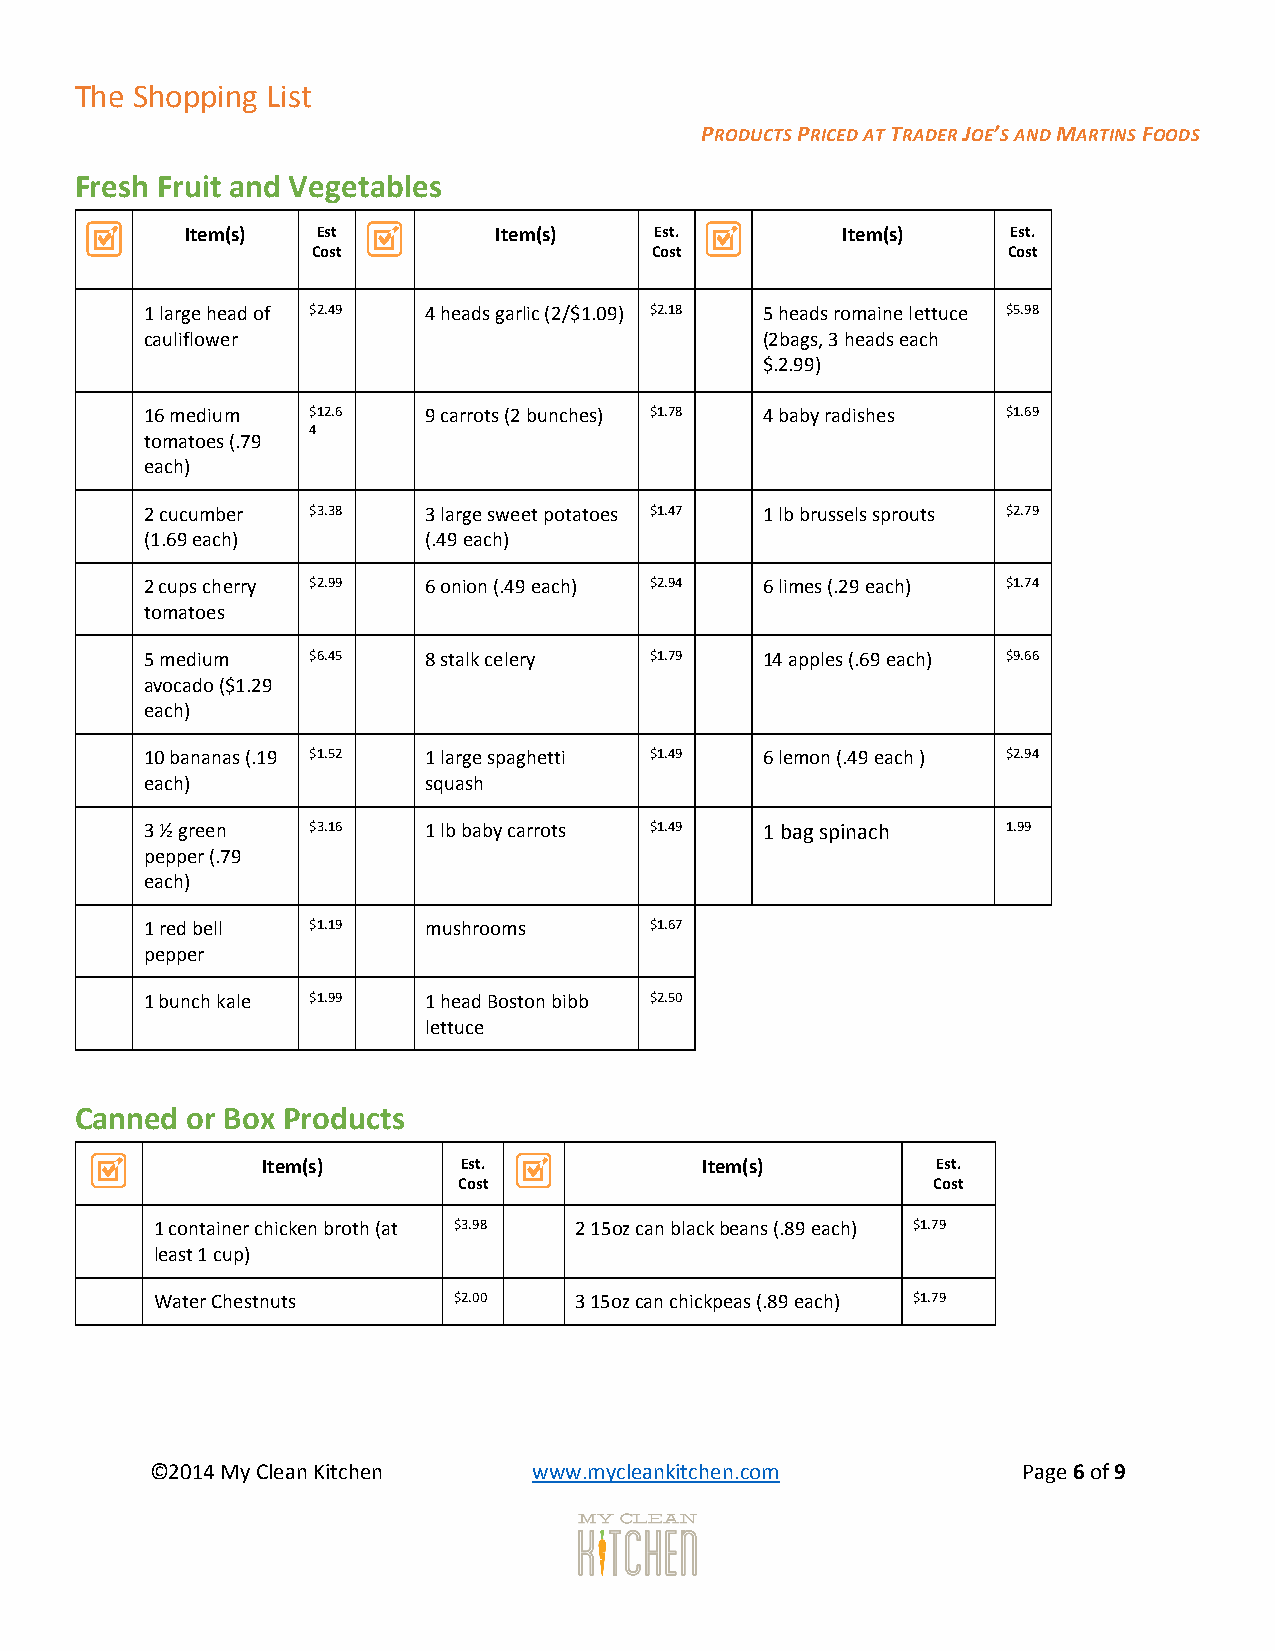
The Shopping List
 PRODUCTS PRICED AT TRADER JOE’S AND MARTINS FOODS
 Fresh Fruit and Vegetables
 Item(s)  Est         Item(s)   Est.         Item(s)    Est.
 Cost                  Cost                    Cost
 1 large head of $2.49 4 heads garlic (2/$1.09) $2.18 5 heads romaine lettuce $5.98
 cauliflower                              (2bags, 3 heads each
 $.2.99)
 16 medium $12.6   9 carrots (2 bunches) $1.78 4 baby radishes $1.69
 4
 tomatoes (.79
 each)
 2 cucumber $3.38  3 large sweet potatoes $1.47 1 lb brussels sprouts $2.79
 (1.69 each)       (.49 each)
 2 cups cherry $2.99 6 onion (.49 each) $2.94 6 limes (.29 each) $1.74
 tomatoes
 5 medium  $6.45   8 stalk celery $1.79   14 apples (.69 each) $9.66
 avocado ($1.29
 each)
 10 bananas (.19 $1.52 1 large spaghetti $1.49 6 lemon (.49 each ) $2.94
 each)             squash
 3 ½ green $3.16   1 lb baby carrots $1.49 1 bag spinach  1.99
 pepper (.79
 each)
 1 red bell $1.19  mushrooms      $1.67
 pepper
 1 bunch kale $1.99 1 head Boston bibb $2.50
 lettuce
 Canned or Box Products
 Item(s)      Est.            Item(s)         Est.
 Cost                            Cost
 1 container chicken broth (at $3.98 2 15oz can black beans (.89 each) $1.79
 least 1 cup)
 Water Chestnuts     $2.00   3 15oz can chickpeas (.89 each) $1.79
 ©2014 My Clean Kitchen   www.mycleankitchen.com           Page 6 of 9